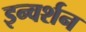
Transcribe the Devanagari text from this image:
इन्वर्शन